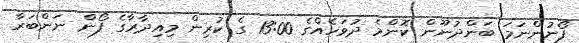
ފޯނުންނަމަ ބަންދުނޫން ކޮންމެ ދުވަހެއްގެ 13:00 ގެ ކުރިން މިއިދާރާގެ ފޯން ނަންބަރާ